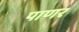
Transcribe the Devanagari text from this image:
पाणर